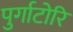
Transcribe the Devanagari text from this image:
पुर्गाटोरि